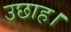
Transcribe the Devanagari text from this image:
उछाह।